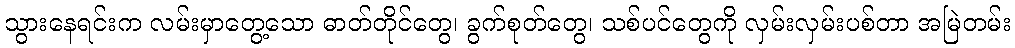
သွားနေရင်းက လမ်းမှာတွေ့သော ဓာတ်တိုင်တွေ၊ ခွက်စုတ်တွေ၊ သစ်ပင်တွေကို လှမ်းလှမ်းပစ်တာ အမြဲတမ်း